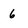
Character: 6